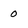
Character: 0